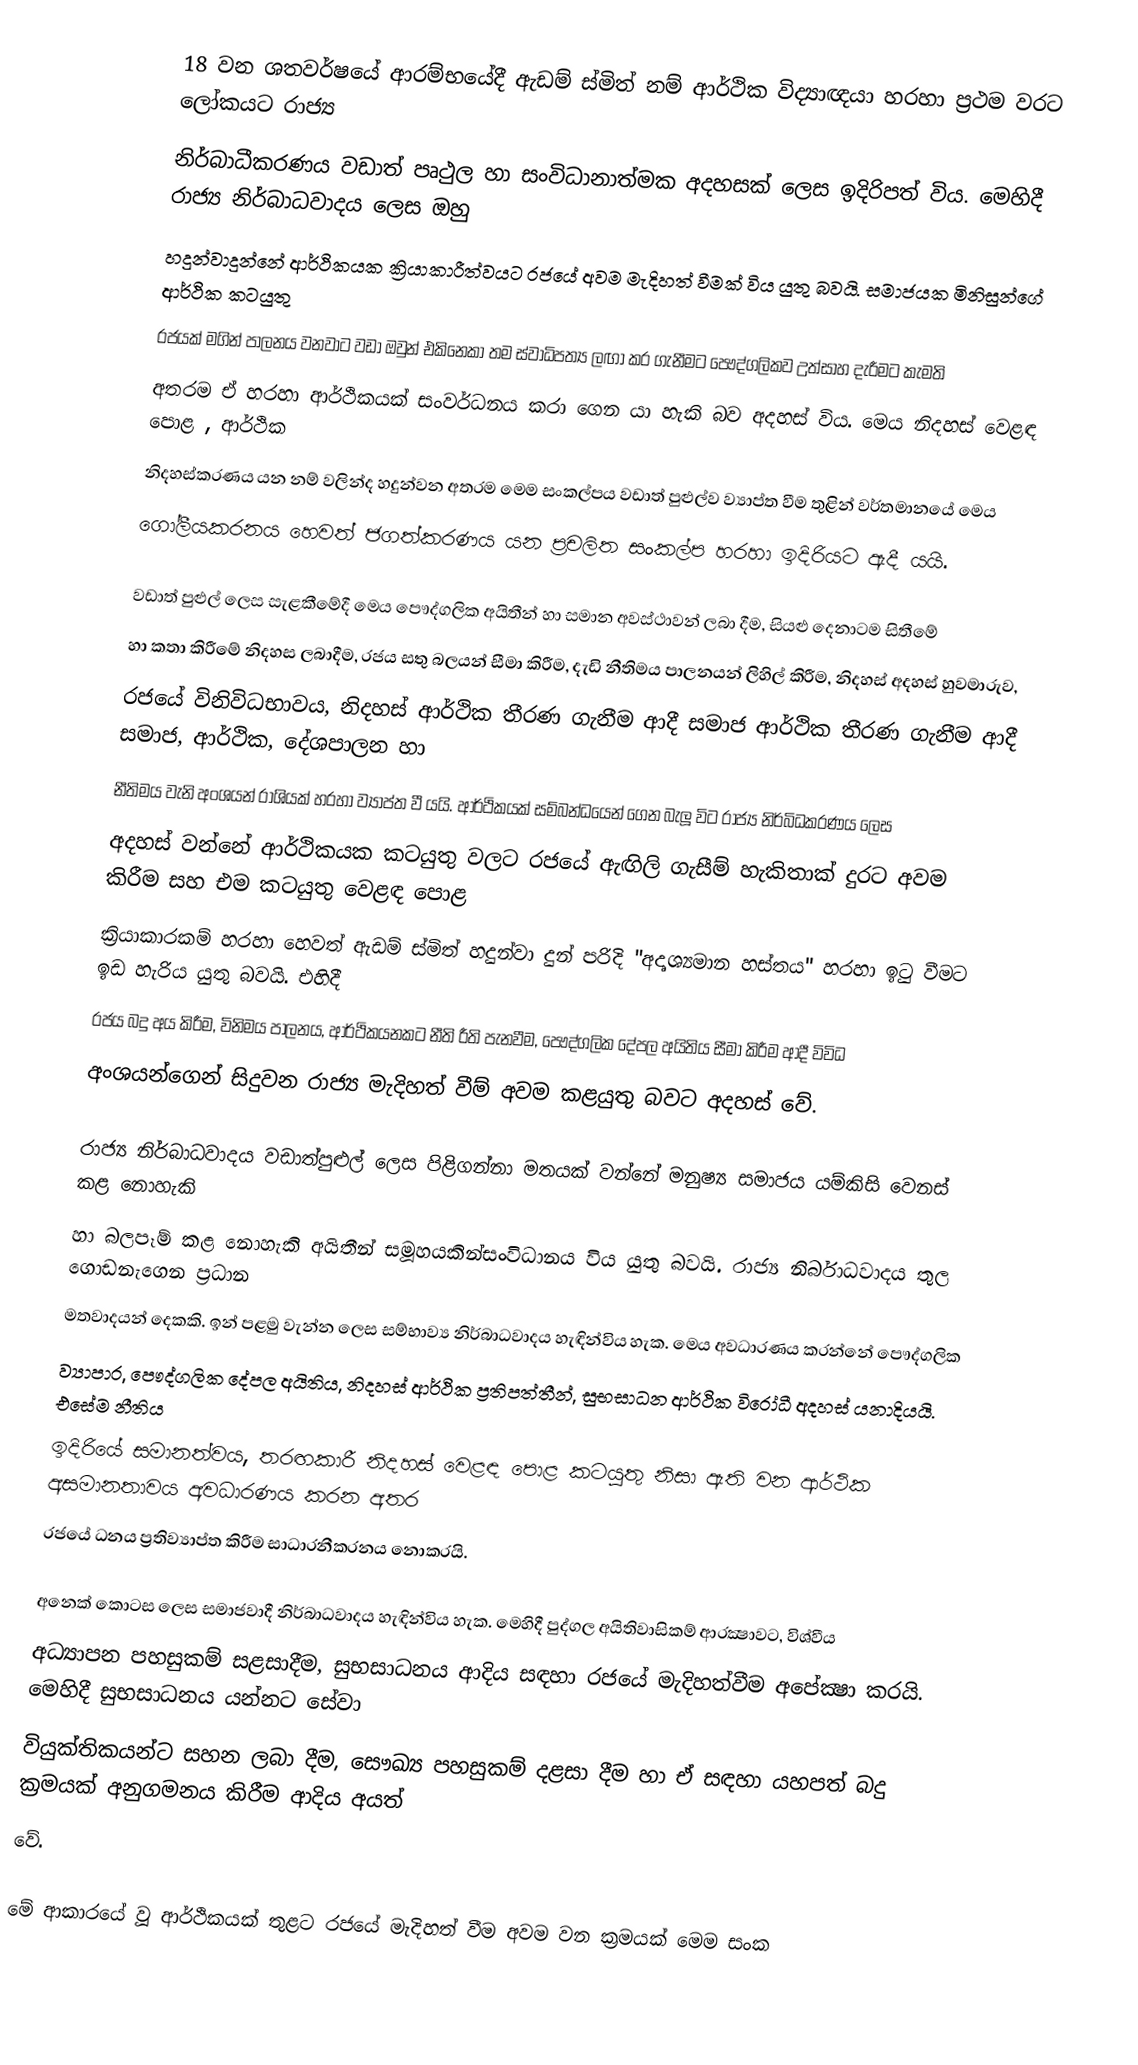
18 වන ශතවර්ෂයේ ආරම්භයේදී ඇඩම් ස්මිත් නම් ආර්ථික විද්‍යාඥයා හරහා ප්‍රථම වරට ලෝකයට රාජ්‍ය
නිර්බාධීකරණ‍ය වඩාත් පෘථුල හා සංවිධානාත්මක අදහසක් ලෙස ඉදිරිපත් විය. මෙහිදී රාජ්‍ය නිර්බාධවාද‍‍ය ලෙස ඔහු
හදුන්වාදුන්නේ ආර්ථිකයක ක්‍රියාකාරීත්වයට රජයේ අවම මැදිහත් වීමක් විය යුතු බවයි. සමාජයක මිනිසුන්ගේ ආර්ථික කටයුතු
රජයක් මගින් පාලනය වනවාට වඩා ඔවුන් එකිනෙකා තම ස්වාධිපත්‍ය ලඟා කර ගැනීමට පෞද්ගලිකව උත්සාහ දැරීමට කැමති
අතරම ඒ හරහා ආර්ථිකයක් සංවර්ධනය කරා ගෙන යා හැකි බව අදහස් විය. මෙය නිදහස් වෙළඳ පොළ , ආර්ථික
නිදහස්කරණය යන නම් වලින්ද හදුන්වන අතරම මෙම සංකල්පය වඩාත් පුළුල්ව ව්‍යාප්ත වීම තුළින් වර්තමානයේ මෙය
ගෝලීයකරනය හෙවත් ජගත්කරණය යන ප්‍රචලිත සංකල්ප හරහා ඉදිරියට ඇදී යයි.

	 වඩාත් පුළුල් ලෙස සැළකීමේදී මෙය පෞද්ගලික අයිතීන් හා සමාන අවස්ථාවන් ලබා දීම, සියළු දෙනාටම සිතීමේ
හා කතා කිරීමේ නිදහස ලබාදීම, රජය සතු බලයන් සීමා කිරීම, දැඩි නීතිම‍ය පාලනයන් ලිහිල් කිරීම, නිදහස් අදහස් හුවමාරුව,
රජයේ විනිවිධභාවය, නිදහස් ආර්ථික තීරණ ගැනීම ආදී සමාජ ආර්ථික තීරණ ගැනීම ආදී සමාජ, ආර්ථික, දේශපාලන හා
නීතිමය වැනි අංශයන් රාශියක් හරහා ව්‍යාප්ත වී යයි. ආර්ථිකයක් සම්බන්ධයෙන් ගෙන බැලූ විට රාජ්‍ය නිර්බිධකරණය ලෙස
අදහස් වන්නේ ආර්ථිකයක කටයුතු වලට රජයේ ඇඟිලි ගැසීම් හැකිතාක් දුරට අවම කිරීම සහ එම කටයුතු වෙළඳ පොළ
ක්‍රියාකාරකම් හරහා හෙවත් ඇඩම් ස්මිත් හදුන්වා දුන් පරිදි "අදෘශ්‍යමාන හස්තය" හරහා ඉටු වීමට ඉඩ හැරිය යුතු බවයි. එහිදී
රජය බදු අය කිරීම, විනිමය පාලනය, ආර්ථිකයනකට නීති  රීති පැනවීම, පෞද්ගලික දේපල අයිතිය සීමා කිරීම ආදී විවිධ
අංශයන්ගෙන් සිදුවන රාජ්‍ය මැදිහත් වීම් අවම කළයුතු බවට අදහස් වේ.

	රාජ්‍ය නිර්බාධවාදය වඩාත්පුළුල් ලෙස පිළිගන්නා මතයක් වන්නේ මනුෂ්‍ය සමාජය යම්කිසි වෙනස් කළ නොහැකි
හා බලපෑම් කළ නොහැකි අයිතීන් සමූහයකින්සංවිධානය විය යුතු බවයි. රාජ්‍ය නිර්බාධවාදය තුල ගොඩනැගෙන ප්‍රධාන
මතවාදයන් දෙකකි. ඉන් පළමු වැන්න ලෙස සම්භාව්‍ය නිර්බාධවාදය හැඳින්විය හැක. මෙය අවධාරණය කරන්නේ පෞද්ගලික
ව්‍යාපාර, පෞද්ගලික දේපල අයිතිය, නිදහස් ආර්ථික ප්‍රතිපත්තීන්, සුභසාධන ආර්ථික විරෝධී අදහස් යනාදියයි. එසේම නීතිය
ඉදිරියේ සමානත්වය, තරඟකාරී නිදහස් වෙළඳ පොළ කටයුතු නිසා ඇති වන ආර්ථික අසමානතාවය අවධාරණය කරන අතර
රජයේ ධනය ප්‍රතිව්‍යාප්ත කිරීම සාධාරනීකරනය නොකරයි.

	අනෙක් කොටස ලෙස සමාජවාදී නිර්බාධවාදය හැඳින්විය හැක. මෙහිදී පුද්ගල අයිතිවාසිකම් ආරක්‍ෂාවට, විශ්වීය
අධ්‍යාපන පහසුකම් සළසාදීම, සුභසාධනය ආදිය සඳහා රජයේ මැදිහත්වීම අපේක්‍ෂා කරයි. මෙහිදී සුභසාධනය යන්නට සේවා
වියුක්තිකයන්ට සහන ලබා දීම, සෞඛ්‍ය පහසුකම් දළසා දීම හා ඒ සඳහා යහපත් බදු ක්‍රමයක් අනුගමනය කිරීම ආදිය අයත්
වේ.

	මේ ආකාරයේ වූ ආර්ථිකයක් තුළට රජයේ මැදිහත් වීම අවම වන ක්‍රමයක් මෙම සංක